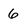
Character: 6